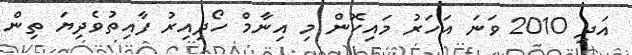
އަދި 2010 ވަނަ އަހަރު މައިކޮން މި އިނާމް ހޯދިއިރު ފާއިތުވެދިޔަ ތިން